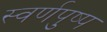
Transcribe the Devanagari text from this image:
स्वर्णपुष्प